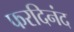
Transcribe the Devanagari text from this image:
फरदिनंद